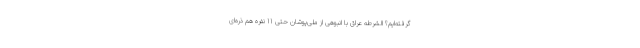
گرفته‌ایم؟ الشرطه عراق با انبوهی از ملی‌پوشان حتی 11 نفره هم ذره‌ای